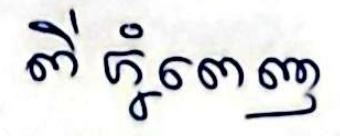
ពីភ្នំពេញ